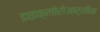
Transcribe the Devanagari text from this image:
डाइक्लोरोआर्सीन